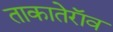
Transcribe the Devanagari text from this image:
ताकातेराॅव